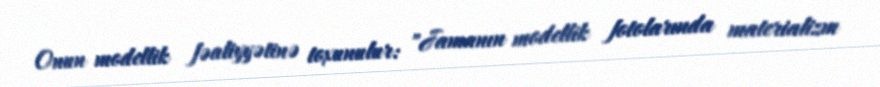
Onun modellik fəaliyyətinə toxunulur: "Jamanın modellik fotolarında materializm